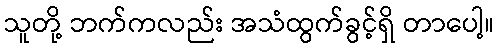
သူတို့ ဘက်ကလည်း အသံထွက်ခွင့်ရှိ တာပေါ့။